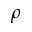
\rho